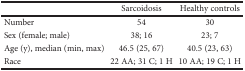
<table><thead><tr><td></td><td><b>Sarcoidosis</b></td><td><b>Healthy controls</b></td></tr></thead><tbody><tr><td>Number</td><td>54</td><td>30</td></tr><tr><td>Sex (female; male)</td><td>38; 16</td><td>23; 7</td></tr><tr><td>Age (y), median (min, max)</td><td>46.5 (25, 67)</td><td>40.5 (23, 63)</td></tr><tr><td>Race</td><td>22 AA; 31 C; 1 H</td><td>10 AA; 19 C; 1 H</td></tr></tbody></table>